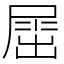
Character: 𡲬